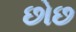
છોછ